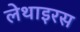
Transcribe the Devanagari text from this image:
लेथाइरस